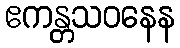
ဧကန္တသဝနေန